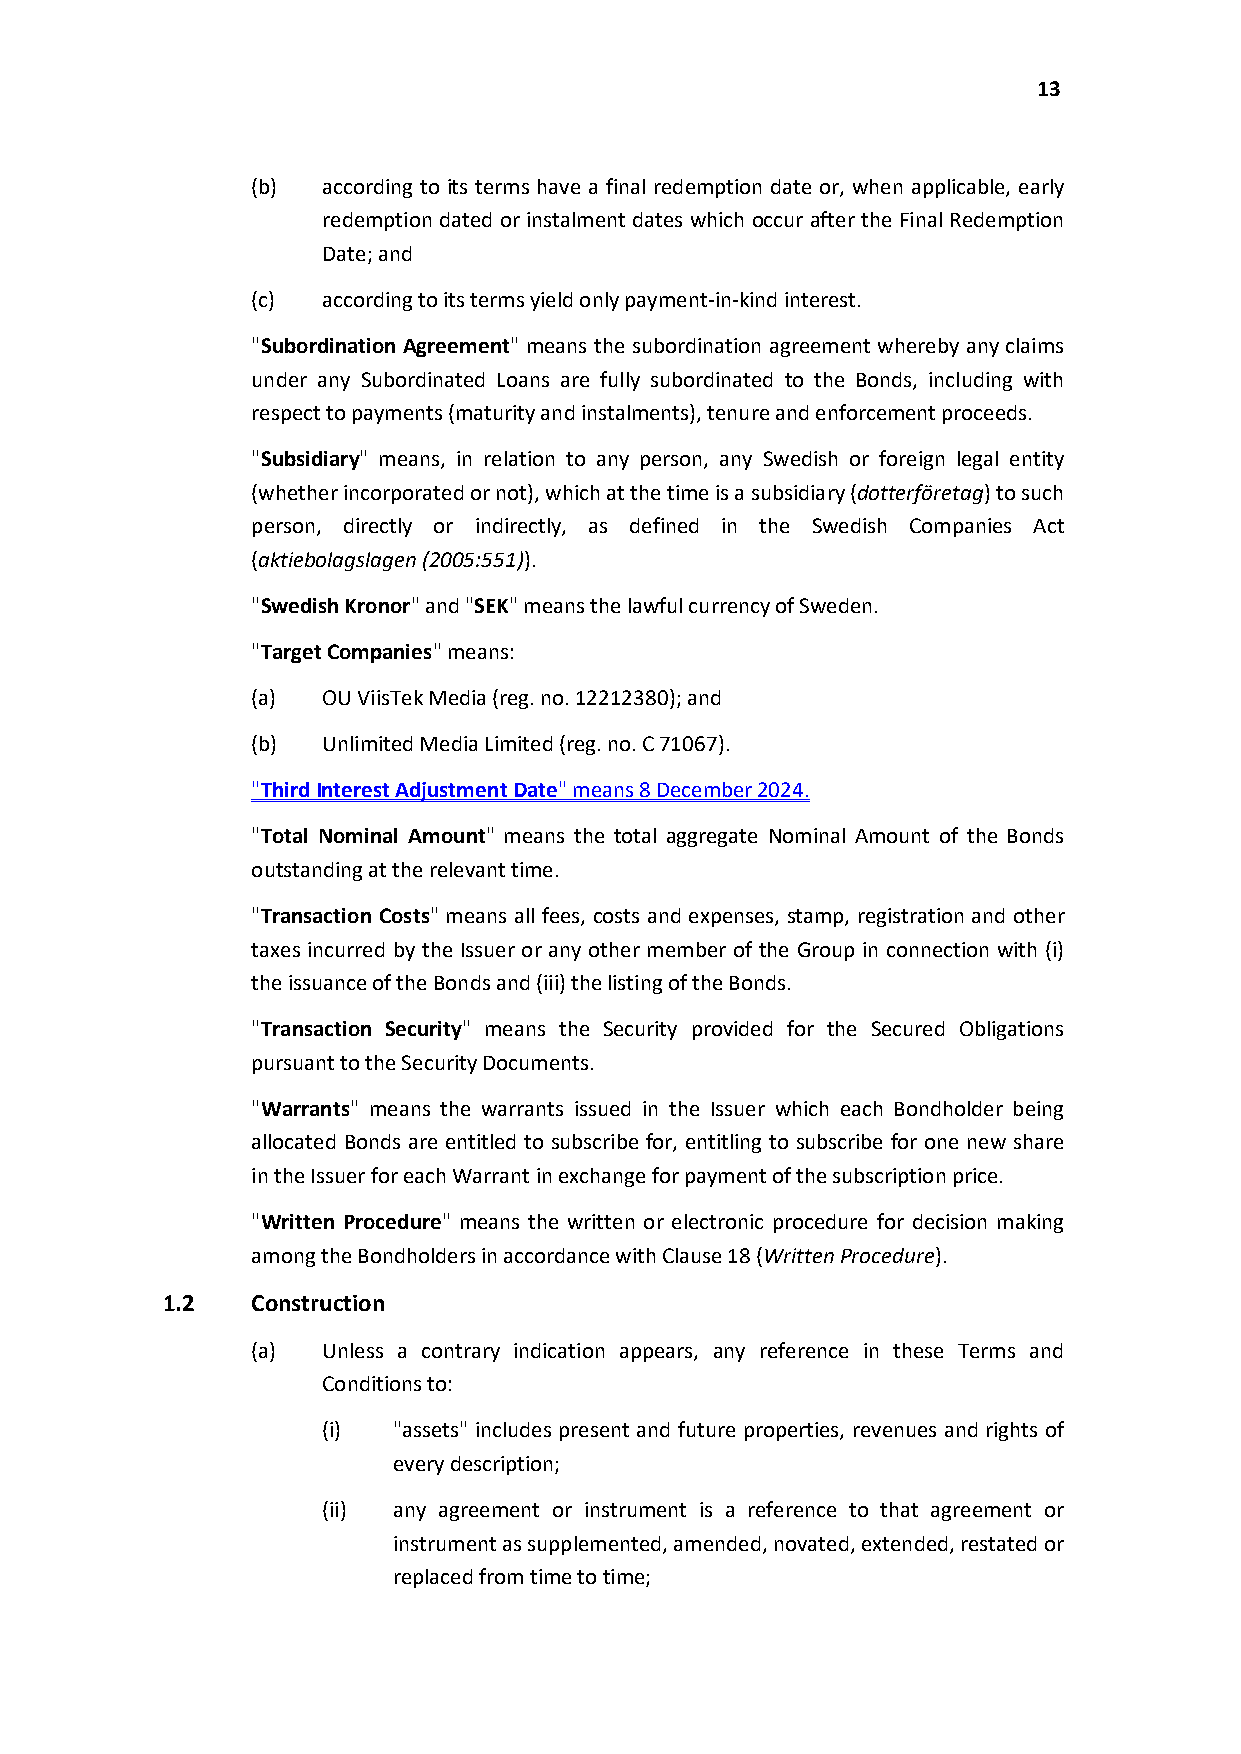
13
 (b) according to its terms have a final redemption date or, when applicable, early
 redemption dated or instalment dates which occur after the Final Redemption
 Date; and
 (c) according to its terms yieldonly payment-in-kind interest.
 "Subordination Agreement" means the subordination agreement whereby any claims
 under any Subordinated Loans are fully subordinated to the Bonds, including with
 respect to payments (maturity and instalments), tenure and enforcement proceeds.
 "Subsidiary" means, in relation to any person, any Swedish or foreign legal entity
 (whether incorporated or not), which at the time is a subsidiary (dotterföretag) to such
 person, directly or indirectly, as defined in the Swedish Companies Act
 (aktiebolagslagen (2005:551)).
 "Swedish Kronor" and "SEK" meansthe lawful currency of Sweden.
 "Target Companies" means:
 (a) OU ViisTekMedia (reg. no. 12212380); and
 (b) Unlimited Media Limited (reg. no. C 71067).
 "ThirdInterest Adjustment Date" means 8December 2024.
 "Total Nominal Amount" means the total aggregate Nominal Amount of the Bonds
 outstanding at the relevant time.
 "Transaction Costs" means all fees, costs and expenses, stamp, registration and other
 taxes incurred by the Issuer or any other member of the Group in connection with (i)
 the issuance of the Bonds and (iii) the listing of the Bonds.
 "Transaction Security" means the Security provided for the Secured Obligations
 pursuant to the Security Documents.
 "Warrants" means the warrants issued in the Issuer which each Bondholder being
 allocated Bonds are entitled to subscribe for, entitling to subscribe for one new share
 in the Issuer for each Warrant in exchange for payment of the subscription price.
 "Written Procedure" means the written or electronic procedure for decision making
 among the Bondholders in accordance with Clause 18 (WrittenProcedure).
 1.2   Construction
 (a) Unless a contrary indication appears, any reference in these Terms and
 Conditions to:
 (i)  "assets" includes present and future properties, revenues and rights of
 every description;
 (ii) any agreement or instrument is a reference to that agreement or
 instrument as supplemented, amended, novated, extended, restated or
 replaced from time to time;